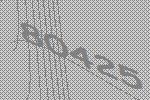
80425